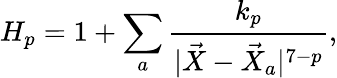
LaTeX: H_{p}=1+\sum_{a}\frac{k_{p}}{|\vec{X}-\vec{X}_{a}|^{7-p}},